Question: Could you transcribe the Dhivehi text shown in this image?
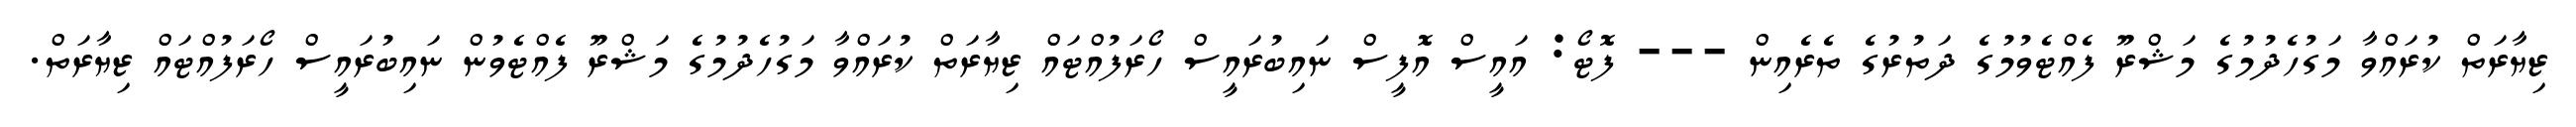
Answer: ޒިޔާރަތް ކުރައްވާ މަގުހެދުމުގެ މަޝްރޫ ފެއްޓެވުމުގެ ދަތުރުގެ ތެރެއިން --- ފޮޓޯ: އައީސް އޮފީސް ނައިބުރައީސް ހޯރަފުއްޓައް ޒިޔާރަތް ކުރައްވާ މަގުހެދުމުގެ މަޝްރޫ ފެއްޓެވުން ނައިބުރައީސް ހޯރަފުއްޓައް ޒިޔާރަތް.